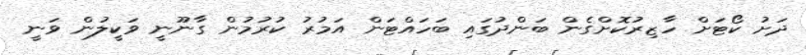
ދަށު ކޯޓަށް ހާޒިރުކޮށްގެން ބަންދުގައި ބަހައްޓަން އަމުރު ކުރުމުން ގާނޫނީ ވަކީލުން ވަނީ